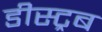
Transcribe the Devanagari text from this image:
डीस्ट्रब